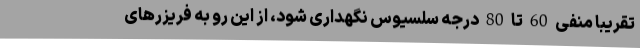
تقریبا منفی 60 تا 80 درجه سلسیوس نگهداری شود، از این رو به فریزرهای